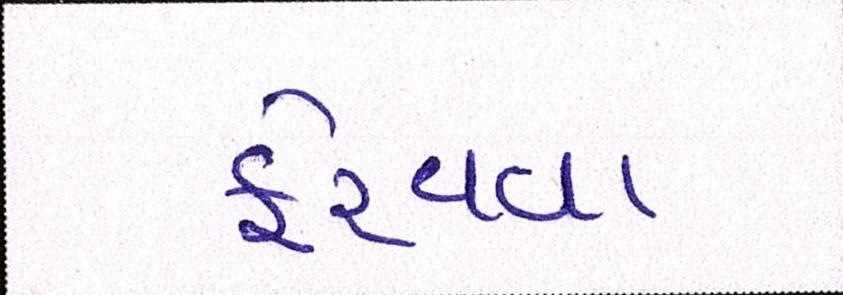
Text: ફેરવવા